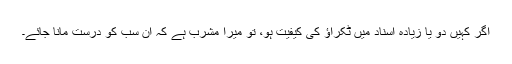
اگر کہیں دو یا زیادہ اسناد میں ٹکراؤ کی کیفیت ہو، تو میرا مشرب ہے کہ ان سب کو درست مانا جائے۔